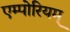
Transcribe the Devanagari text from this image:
एम्पोरियम्